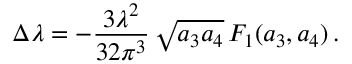
\Delta \lambda = - \frac { 3 \lambda ^ { 2 } } { 3 2 \pi ^ { 3 } } \, \sqrt { a _ { 3 } a _ { 4 } } \, F _ { 1 } ( a _ { 3 } , a _ { 4 } ) \, .